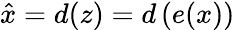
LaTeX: \hat{x}=d(z)=d\left(e(x)\right)